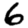
Digit: 6